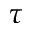
\tau